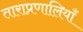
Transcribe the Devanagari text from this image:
ताराप्रणालियाँ